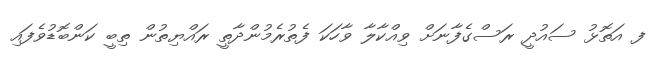
ފ އަތޮޅު ސައުދީ ރަސްގެފާނަށް ވިއްކާލާ ވާހަކަ ފެތުރެމުންދާތީ ރައްޔިތުން ތިބީ ކަންބޮޑުވެފައި